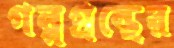
গল্পগ্রন্থের